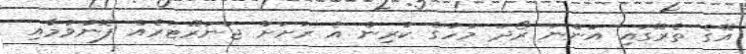
އޭގެ ތެރޭގައި އަންނަ ރޯދަ މަހުގެ ކުރިން އެ ރަށަށް ޖަނަރޭޓަރެއް ފޮނުވުމާއި